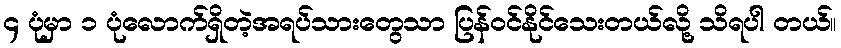
၄ ပုံမှာ ၁ ပုံလောက်ရှိတဲ့အရပ်သားတွေသာ ပြန်ဝင်နိုင်သေးတယ်လို့ သိရပါ တယ်။